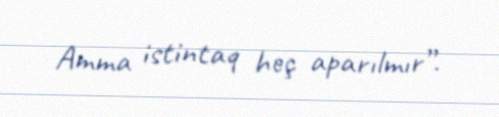
Amma istintaq heç aparılmır”.